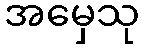
အမှေသု